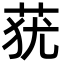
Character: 莸